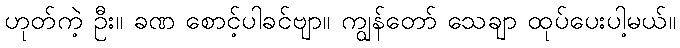
ဟုတ်ကဲ့ ဦး။ ခဏ စောင့်ပါခင်ဗျာ။ ကျွန်တော် သေချာ ထုပ်ပေးပါ့မယ်။